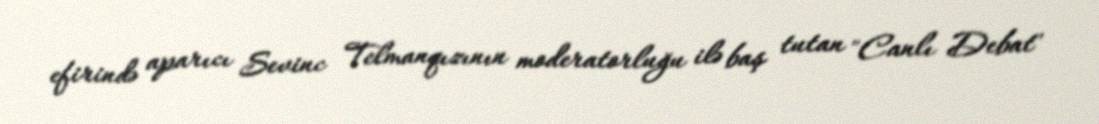
efirində aparıcı Sevinc Telmanqızının moderatorluğu ilə baş tutan "Canlı Debat"